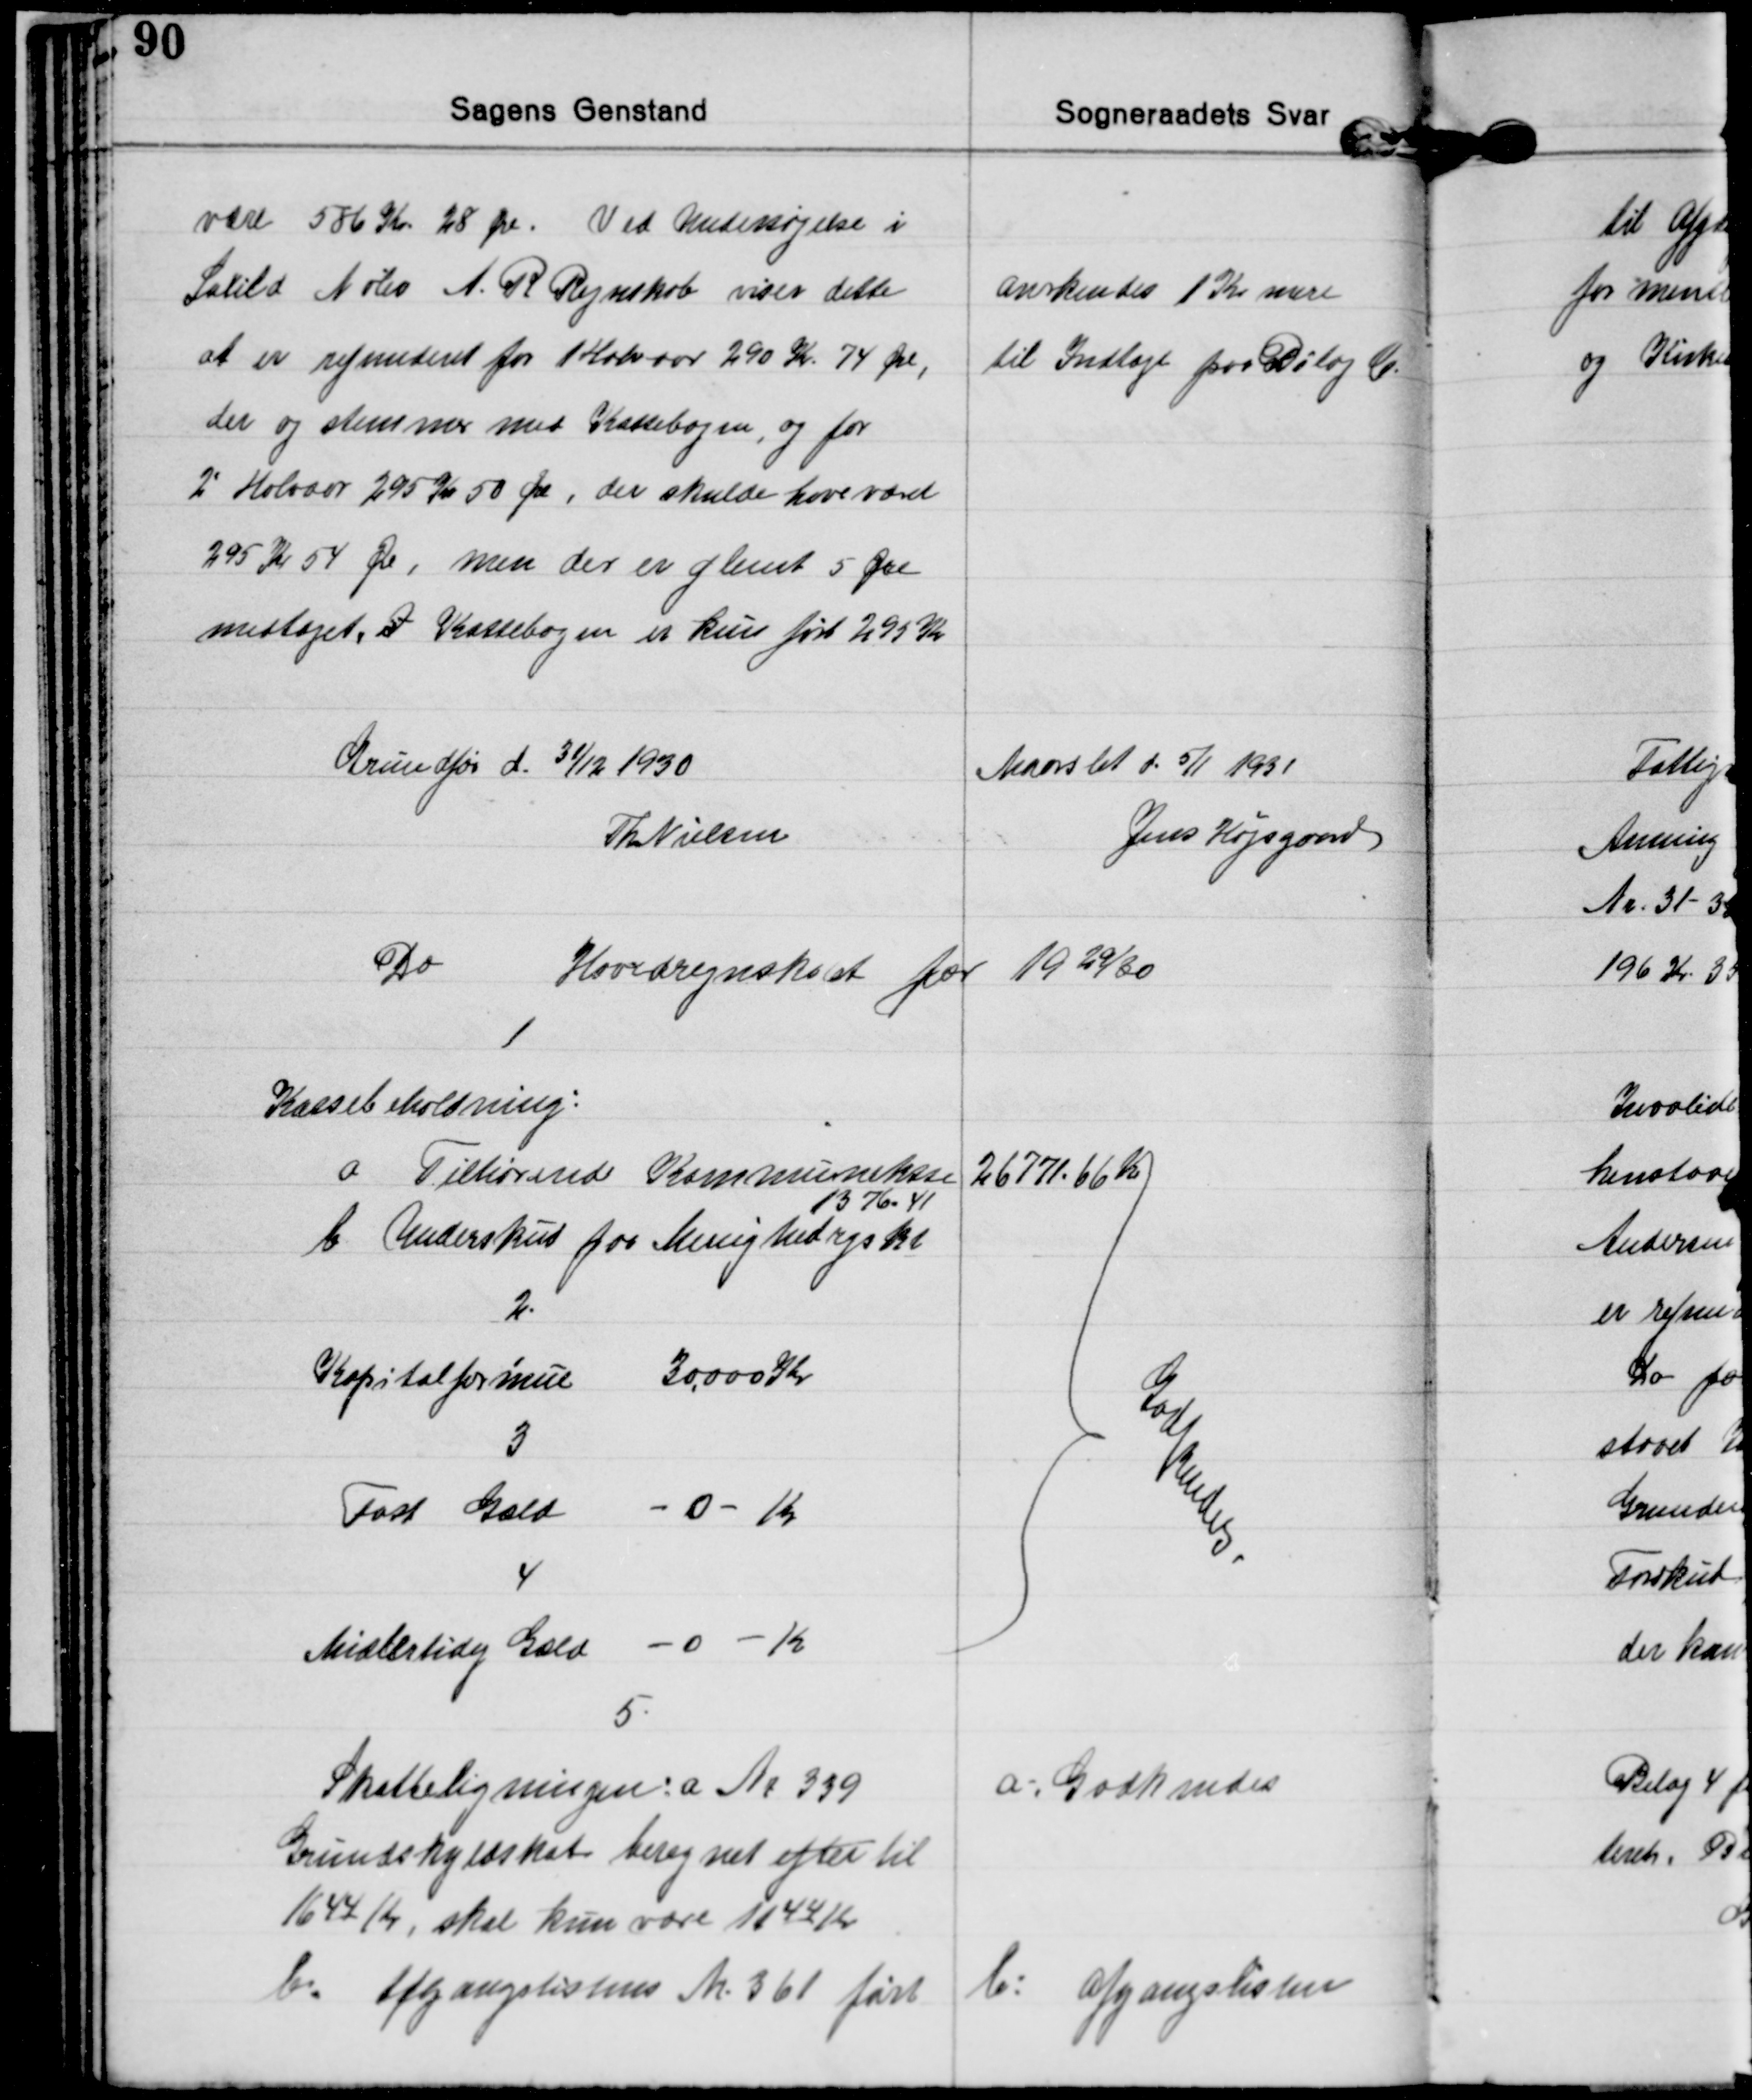
Transskription:
være 586 Kr 28 Øre. Ved Undersøgelse i
Saxild Nølev A. R. Regnskab viser dette
at er refunderet for 1 Halvaar 290 Kr 74 Øre,
der og stemmer med Kassebogen, og for
2' Halvaar 295 Kr 50 Øre, der skulde have været
295 Kr 54 Øre, men der er glemt 5 Øre
medtaget. I Kassebogen er kun ført 295 Kr
anerkendes 1 Kr mere
til Indtægt paa Bilag C.

Grundfør d. 31/12 1930
Th Nielsen

Maarslet d. 5/1 1931
Jens Højsgaard

Do Hovedregnskabt for 1929/30

1
Kassebeholdning:
a. Tilhørende Kommunekasse 26771.66 Kr
b. Underskud for Menighedregskb. 
1376.41

2.
Kapitalformue 30.000 Kr

3
Fast Gæld 
0
Kr

4
Midlertidig Gæld 
0
Kr

Godkendes

5
Skatteligningen: a Nr 339
Grundskyldskat beregnet efter til
1644 Kr, skal kun være 1144 Kr
b. Afgangslistens Nr. 361 ført
a: Godkendes
b: Afgangslisten